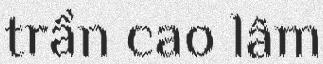
trần cao lâm